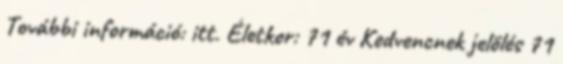
További információ: itt. Életkor: 71 év Kedvencnek jelölés 71